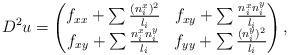
LaTeX: \begin{align*}D^2u = \begin{pmatrix} f_{xx}+\sum\frac{(n_i^x)^2}{l_i} & f_{xy}+\sum\frac{n_i^x n_i^y}{l_i}\\ f_{xy}+\sum\frac{n_i^x n_i^y}{l_i} & f_{yy} + \sum\frac{(n_i^y)^2}{l_i}\end{pmatrix},\end{align*}